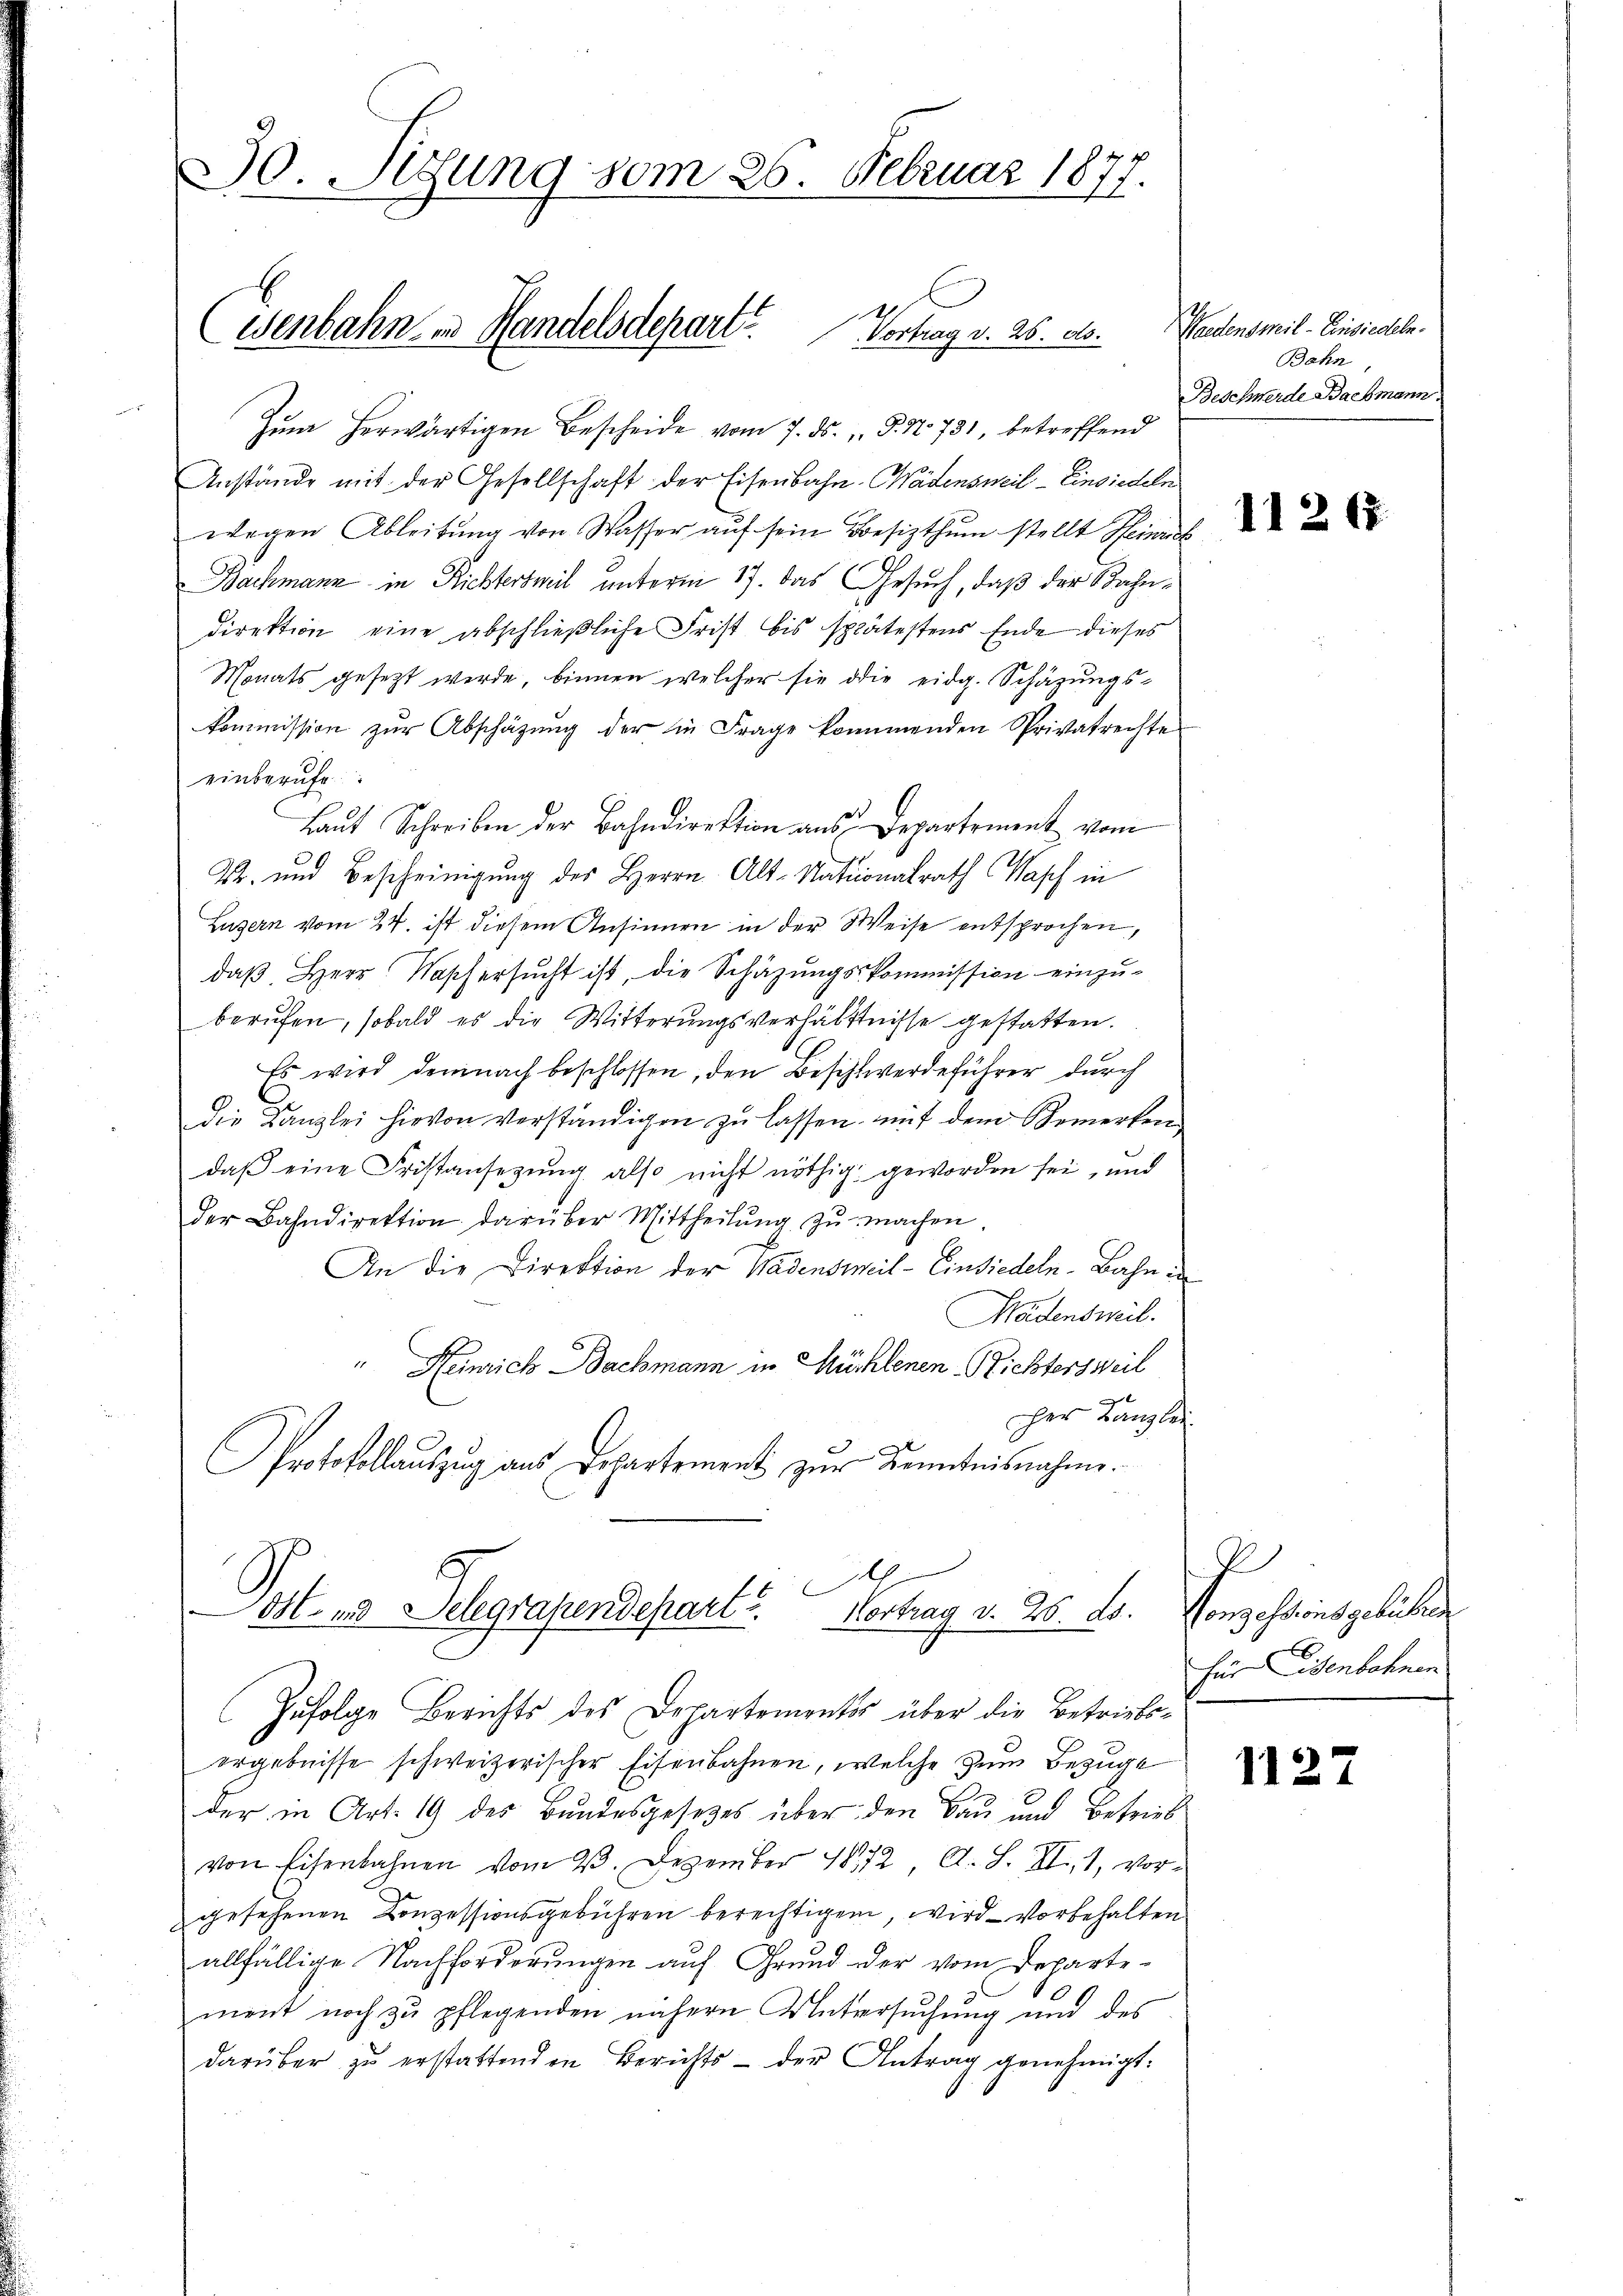
30. Sigung vom 26. Februar 1877.

Wenbahn in Handelsdepart. Vortrag v. 26. d.

Zum herwärtigen Bescheide vom 7. ds. P. Nr. 731, betreffend
Anstände mit der Gesellschaft der Eisenbahn-Wädensweil–Einsiedeln
wegen Ableitŭng von Wasser auf sein Besizthum stellt Heinrich
Bachmann in Richtertheil unterm 17. das Gesuch, daß der Bahndirektion eine abschließliche Frist bis spätestens Ende dieses
Monats gesezt werde, binnen welcher sie die eidg. Schazungs-
kommission zŭr Abschäzŭng der in Frage kommenden Privatrechte
einberufe
Laŭt Schreiben der Bahndirektion ans Departement vom
S. und Bescheinigung des Herrn Alt-Nationalrath Wasch in
Luzern vom 24. ist diesem Ansinnen in der Weise entsprochen,
daβ Herr. Wasch ersŭcht ist, die Schäzŭngskommission einzŭ-
berŭfen, sobald es die Witterŭngsverhältnisse gestatten.
Es wird demnach beschlossen, den Beschwerdeführer durch
Die Kanzlei hievon verständigen zŭ lassen, mit dem Bemerken
daβ eine Fristansezung also nicht nöthig geworden sei, und
der Bahndirektion darüber Mittheilŭng zŭ machen
An die Direktion der Wadensweil - Einsiedeln-Bahn.
Mädensweil.
" Heinrich Bachmann in Mühlenen Richtersweil
l
her Kanzlei
Protokollauszug aus Departement zur Kenntnisnahme.

e
Ost- und Selegrafendepart u. Vortrag v. 25. ds. Konzessionsgebühren

Gredens mil - Einsiedeln.
Bahn
Beschwerde Bachmann.

Zufolge Berichts des Departements über die Betriebsergebnisse schweizerischer Eisenbahnen, welche zum Bezuge
der in Art. 19 des Bundesgesetzes über den Bau und Betrieb
9
von Eisenbahnen vom 9. Dezember 1872 A. S. II, 1, vor-
gesehenen Conzessionsgebühren berechtigen, wird — vorbehalten
allfällige Nachforderungen auf Grund der vom Departe-
ment noch zu pflegenden nähern Untersuchung und des
darüber zu erstattenden Berichts - der Antrag genehmigt:

11262

h
für Eisenbahnen

1127